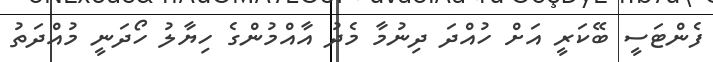
ފެންޓަސީ ބޭކަރީ އަށް ހުއްދަ ދިނުމާ މެދު އާއްމުންގެ ހިޔާލު ހޯދަނީ މުއްދަތު